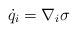
LaTeX: \begin{align*}\dot{q}_{i}=\nabla _{i}\sigma \end{align*}